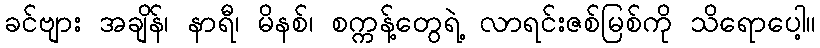
ခင်ဗျား အချိန်၊ နာရီ၊ မိနစ်၊ စက္ကန့်တွေရဲ့ လာရင်းဇစ်မြစ်ကို သိရောပေါ့။